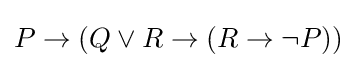
P\rightarrow (Q\vee R\rightarrow (R\rightarrow \neg P))